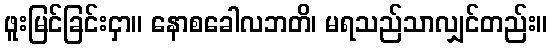
ဖူးမြင်ခြင်းငှာ။ နောစခေါလဘတိ၊ မရသည်သာလျှင်တည်း။